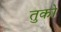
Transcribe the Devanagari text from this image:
तुको